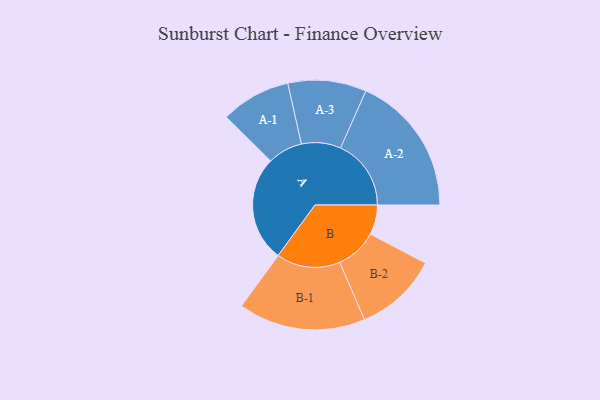
{"axis": {"x": "Segment", "y": "Value"}, "legend": ["", "A", "B"], "data": [{"x": "A", "y": 441, "type": ""}, {"x": "B", "y": 124, "type": ""}, {"x": "A-1", "y": 146, "type": "A"}, {"x": "A-2", "y": 295, "type": "A"}, {"x": "A-3", "y": 164, "type": "A"}, {"x": "B-1", "y": 266, "type": "B"}, {"x": "B-2", "y": 174, "type": "B"}]}